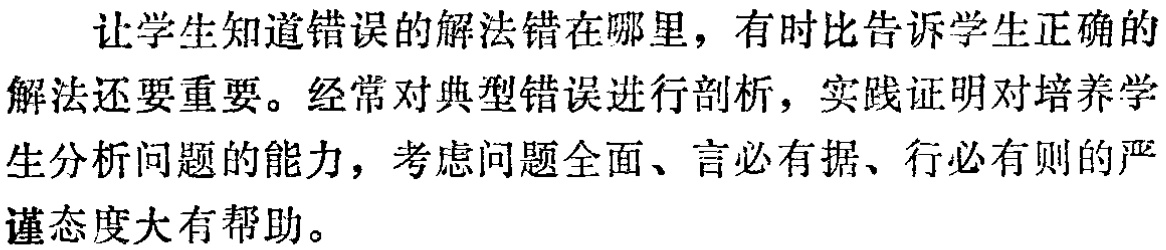
让学生知道错误的解法错在哪里，有时比告诉学生正确的
解法还要重要。经常对典型错误进行剖析，实践证明对培养学
生分析问题的能力，考虑问题全面、言必有据、行必有则的严
谨态度大有帮助。